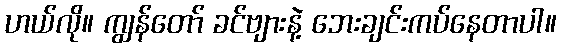
ဟယ်လို။ ကျွန်တော် ခင်ဗျားနဲ့ ဘေးချင်းကပ်နေတာပါ။